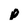
Character: p